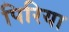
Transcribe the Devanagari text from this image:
पिरिया